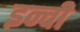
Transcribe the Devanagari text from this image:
इन्ची